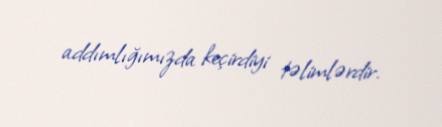
addımlığımızda keçirdiyi təlimlərdir.